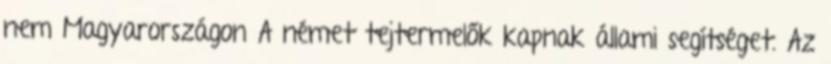
nem Magyarországon A német tejtermelők kapnak állami segítséget. Az